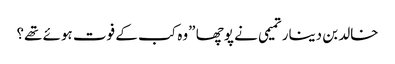
خالد بن دینار تمیمی نے پوچھا ”وہ کب کے فوت ہوئے تھے؟